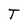
Character: T